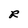
Character: R